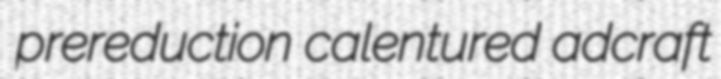
prereduction calentured adcraft